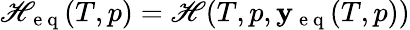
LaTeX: \mathscr{H}_{\mathrm{{~e~q~}}}(T,p)=\mathscr{H}(T,p,\mathbf{{y_{\mathrm{{~e~q~}}}}}(T,p))